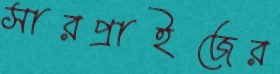
সারপ্রাইজের